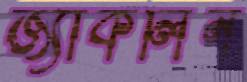
জ্যাকলিন